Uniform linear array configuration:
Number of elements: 48
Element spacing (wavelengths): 0.5
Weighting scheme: cosine
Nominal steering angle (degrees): -30
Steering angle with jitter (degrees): -30.138
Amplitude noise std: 0.05
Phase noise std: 0.05

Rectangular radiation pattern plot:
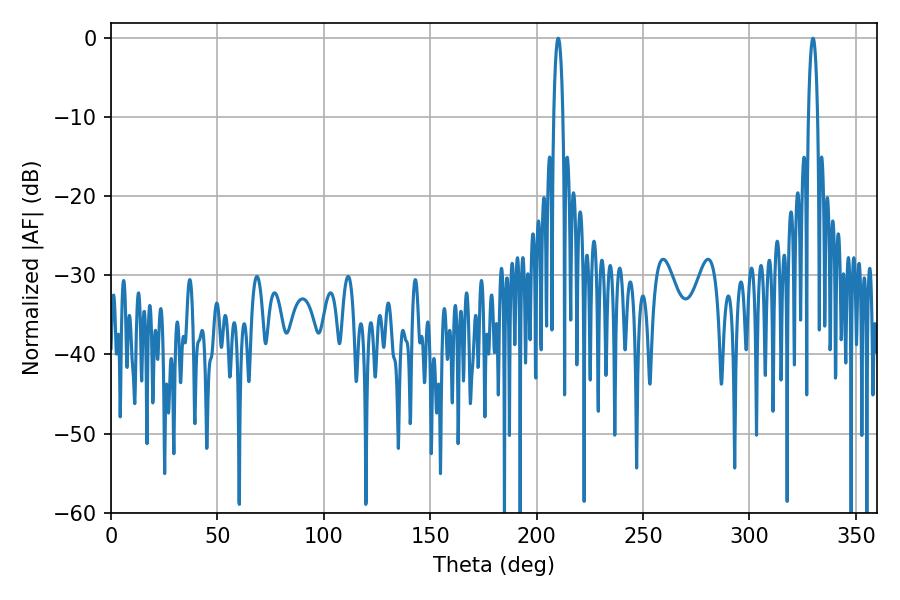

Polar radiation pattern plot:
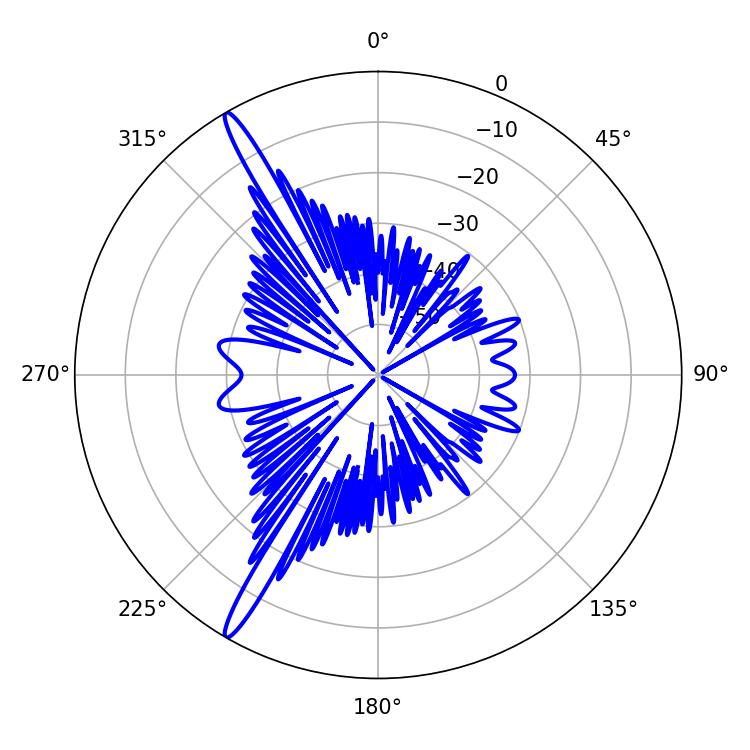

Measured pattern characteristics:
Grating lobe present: FALSE
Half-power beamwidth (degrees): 2.34
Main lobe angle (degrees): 210.06